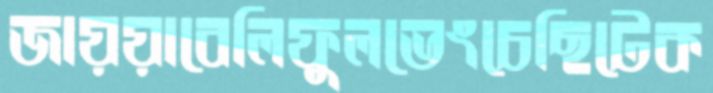
জায়য়াবেলিফুলভেংচেছিটেক